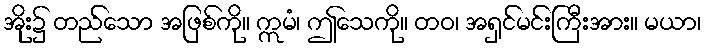
အိုး၌ တည်သော အဖြစ်ကို။ ဣမံ၊ ဤသေကို။ တဝ၊ အရှင်မင်းကြီးအား။ မယာ၊